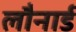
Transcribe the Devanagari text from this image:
लौनार्ड